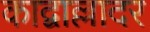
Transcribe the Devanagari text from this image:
काद्वाल्लादर